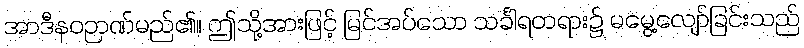
အာဒီနဝဉာဏ်မည်၏။ ဤသို့အားဖြင့် မြင်အပ်သော သင်္ခါရတရား၌ မမွေ့လျော်ခြင်းသည်